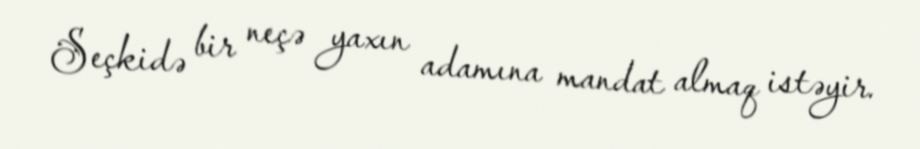
Seçkidə bir neçə yaxın adamına mandat almaq istəyir.